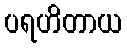
ပရဟိတာယ